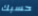
حسبك